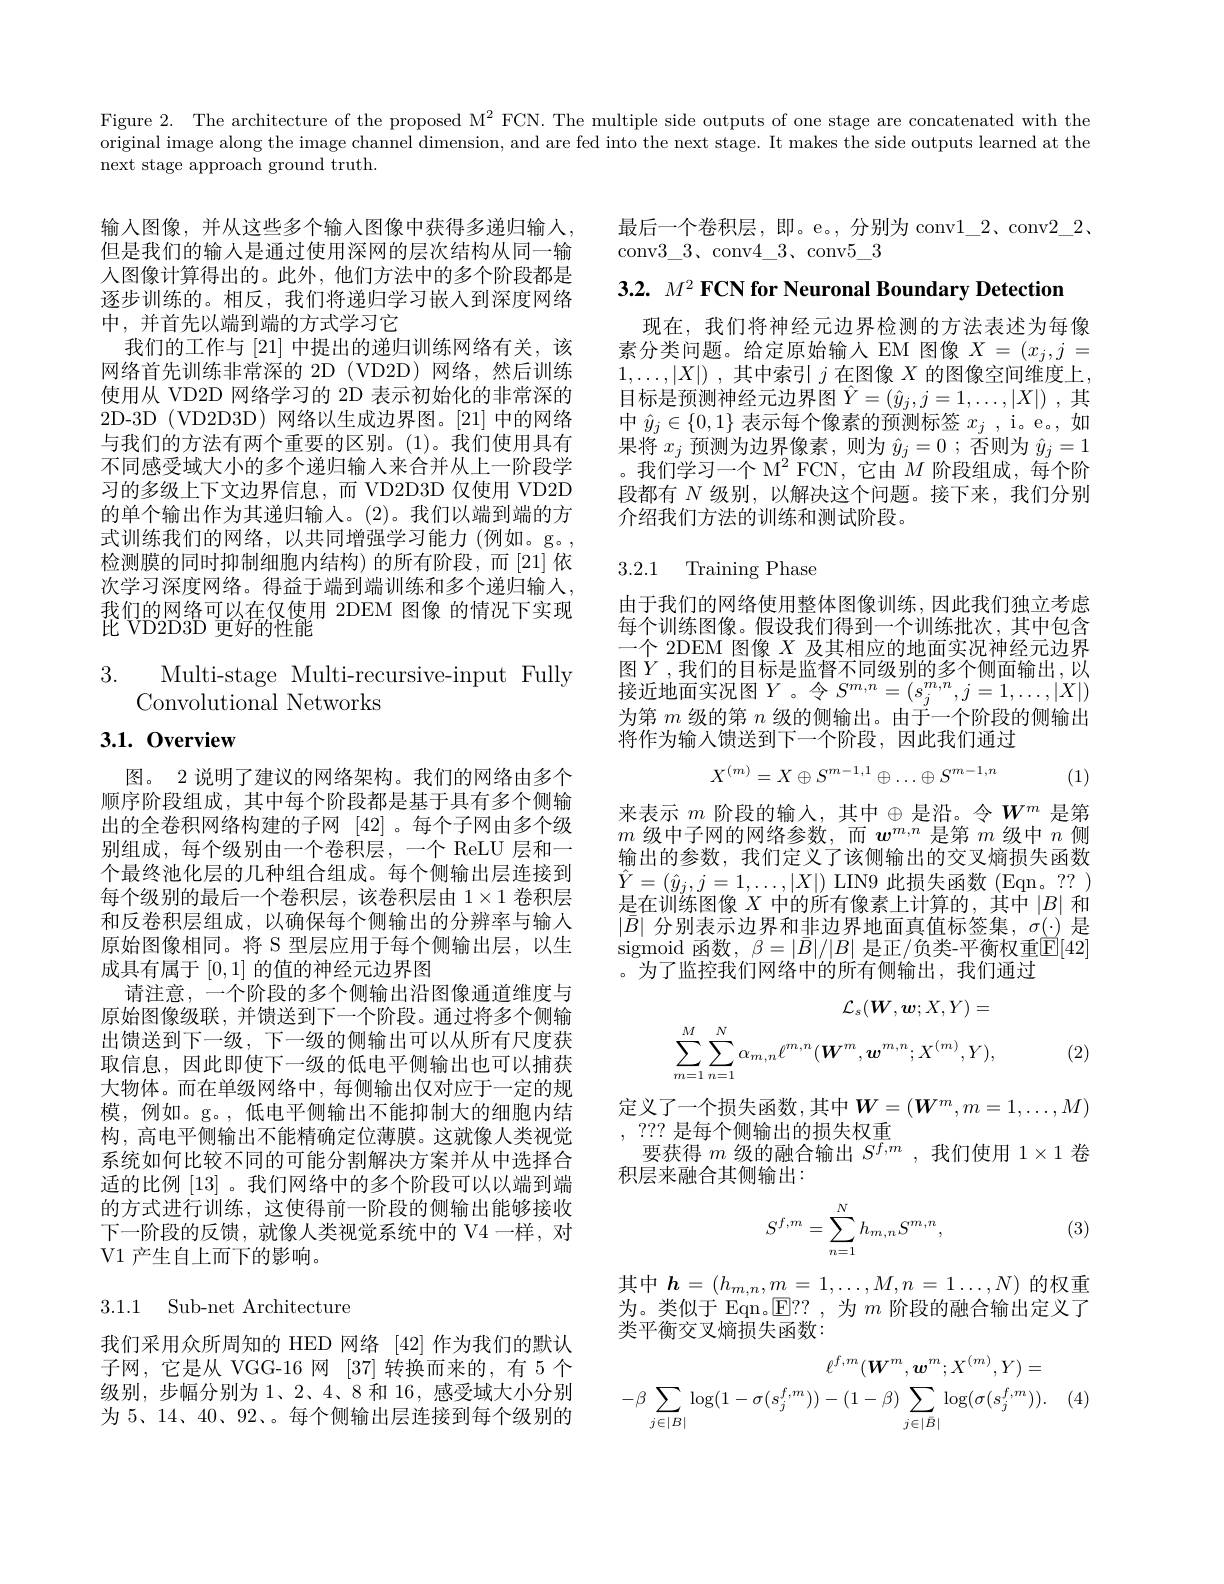
Figure 2. The architecture of the proposed M$^2$ FCN. The multiple side outputs of one stage are concatenated with the original image along the image channel dimension, and are fed into the next stage. It makes the side outputs learned at the next stage approach ground truth.

最后一个卷积层，即。e。,分别为 conv1\_2、conv2\_2.
conv$3\_3、$conv$4\_3、$conv$5\_3$

3.2. $M^{2}\textbf{FCN for Neuronal Boundary Detection}$

现在，我们将神经元边界检测的方法表述为每像素分类问题。给定原始输入 EM 图像$X=(x_j,j=$ $1, \ldots , | X| )$ ,其中索引$j$在图像$X$的图像空间维度上， 目标是预测神经元边界图$\hat{Y}=(\hat{y}_j,j=1,\ldots,|X|)$ ,其中$\hat{y}_j\in\{0,1\}$表示每个像素的预测标签$x_j$ ,i。e.,如果将$x_j$预测为边界像素，则为$\hat{y}_j=0$ ;否则为$\hat{y}_j=1$ 。我们学习一个 M$^2$ FCN,它由$M$阶段组成，每个阶段都有$N$级别，以解决这个问题。接下来，我们分别介绍我们方法的训练和测试阶段。

输入图像，并从这些多个输入图像中获得多递归输人， 但是我们的输入是通过使用深网的层次结构从同一输入图像计算得出的。此外，他们方法中的多个阶段都是逐步训练的。相反，我们将递归学习嵌人到深度网络中，并首先以端到端的方式学习它
我们的工作与 [21] 中提出的递归训练网络有关，该网络首先训练非常深的 2D (VD2D) 网络，然后训练使用从 VD2D 网络学习的 2D 表示初始化的非常深的2D-3D (VD2D3D) 网络以生成边界图。[21] 中的网络与我们的方法有两个重要的区别。(1)。我们使用具有不同感受域大小的多个递归输人来合并从上一阶段学习的多级上下文边界信息，而 VD2D3D 仅使用 VD2D 的单个输出作为其递归输入。(2)。我们以端到端的方式训练我们的网络，以共同增强学习能力(例如。g。, 检测膜的同时抑制细胞内结构)的所有阶段，而[21]依次学习深度网络。得益于端到端训练和多个递归输人， 我们的网络可以在仅使用 2DEM 图像 的情况下实现比 VD2D3D 更好的性能

3.2.1 Training Phase

由于我们的网络使用整体图像训练，因此我们独立考虑每个训练图像。假设我们得到一个训练批次，其中包含一个 2DEM 图像$X$及其相应的地面实况神经元边界图$\dot{Y}$,我们的目标是监督不同级别的多个侧面输出，以接近地面实况图$Y$。令$S^m,n=(s_j^{m,n},j=1,\ldots,|X|)$ 为第$m$级的第$n$级的侧输出。由于一个阶段的侧输出将作为输入馈送到下一个阶段，因此我们通过

3. Multi-stage Multi-recursive-input Fully
Convolutional Networks

# 3.1.0verview
$$X^{(m)}=X\oplus S^{m-1,1}\oplus\ldots\oplus S^{m-1,n}$$
(1)

来表示 $m$ 阶段的输入，其中$\oplus$是沿。令$W^m$ 是第$m$级中子网的网络参数，而$w^m,n$是第$m$级中$n$侧输出的参数，我们定义了该侧输出的交叉熵损失函数$\hat{Y}=(\hat{y}_{j},j=1,\ldots,|X|)$ LIN9 此损失函数(Eqn。??) 是在训练图像$X$中的所有像素上计算的，其中$|B|$和$|\bar{B}|$分别表示边界和非边界地面真值标签集，$\sigma(\cdot)$是sigmoid 函数，$\beta=|\bar{B}|/|B|$ 是正/负类-平衡权重$\mathbb{E}[42]$ 。为了监控我们网络中的所有侧输出，我们通过

图。2 说明了建议的网络架构。我们的网络由多个顺序阶段组成，其中每个阶段都是基于具有多个侧输出的全卷积网络构建的子网 [42] 。每个子网由多个级别组成，每个级别由一个卷积层，一个 ReLU 层和一个最终池化层的几种组合组成。每个侧输出层连接到每个级别的最后一个卷积层，该卷积层由$1\times1$卷积层和反卷积层组成，以确保每个侧输出的分辨率与输入原始图像相同。将 S 型层应用于每个侧输出层，以生成具有属于[0,1]的值的神经元边界图
请注意，一个阶段的多个侧输出沿图像通道维度与原始图像级联，并馈送到下一个阶段。通过将多个侧输出馈送到下一级，下一级的侧输出可以从所有尺度获取信息，因此即使下一级的低电平侧输出也可以捕获大物体。而在单级网络中，每侧输出仅对应于一定的规模，例如。g。,低电平侧输出不能抑制大的细胞内结构，高电平侧输出不能精确定位薄膜。这就像人类视觉系统如何比较不同的可能分割解决方案并从中选择合适的比例[13] 。我们网络中的多个阶段可以以端到端的方式进行训练，这使得前一阶段的侧输出能够接收下一阶段的反馈，就像人类视觉系统中的 V4 一样，对V1 产生自上而下的影响。
$$\mathcal{L}_{s}(\boldsymbol{W},\boldsymbol{w},X,I\:)-\\\sum_{m=1}^{M}\sum_{n=1}^{N}\alpha_{m,n}\ell^{m,n}(\boldsymbol{W}^{m},\boldsymbol{w}^{m,n};X^{(m)},Y),$$
(2)

定义了一个损失函数，其中$\boldsymbol W=(\boldsymbol W^m,m=1,\ldots,M)$

, ??? 是每个侧输出的损失权重
要获得$m$级的融合输出$\overline S^{f,m}$ ,我们使用$1\times1$卷
积层来融合其侧输出：

(3)
$$S^{f,m}=\sum_{n=1}^{N}h_{m,n}S^{m,n},$$
3.1.1 Sub-net Architecture

其中$h=(h_{m,n},m=1,\ldots,M,n=1\ldots,N)$的权重为。类似于 Eqn。$\mathbb{E}$??,为$m$阶段的融合输出定义了类平衡交叉熵损失函数：
$$\ell^{f,m}(\boldsymbol{W}^{m},\boldsymbol{w}^{m};X^{(m)},Y)=\\-\beta\sum_{j\in|B|}\log(1-\sigma(s_{j}^{f,m}))-(1-\beta)\sum_{j\in|\bar{B}|}\log(\sigma(s_{j}^{f,m})).$$
我们采用众所周知的 HED 网络[42]作为我们的默认子网，它是从 VGG-16 网 [37] 转换而来的，有 5 个级别，步幅分别为 1、2、4、8 和 16,感受域大小分别为 5、14、40、92、。每个侧输出层连接到每个级别的